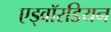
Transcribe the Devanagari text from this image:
एड्वॉरडियन